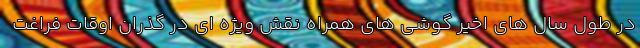
در طول سال های اخیر گوشی های همراه نقش ویژه ای در گذران اوقات فراغت